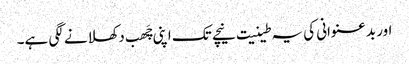
اور بدعنوانی کی یہ طینیت نیچے تک اپنی چَھب دکھلانے لگی ہے۔